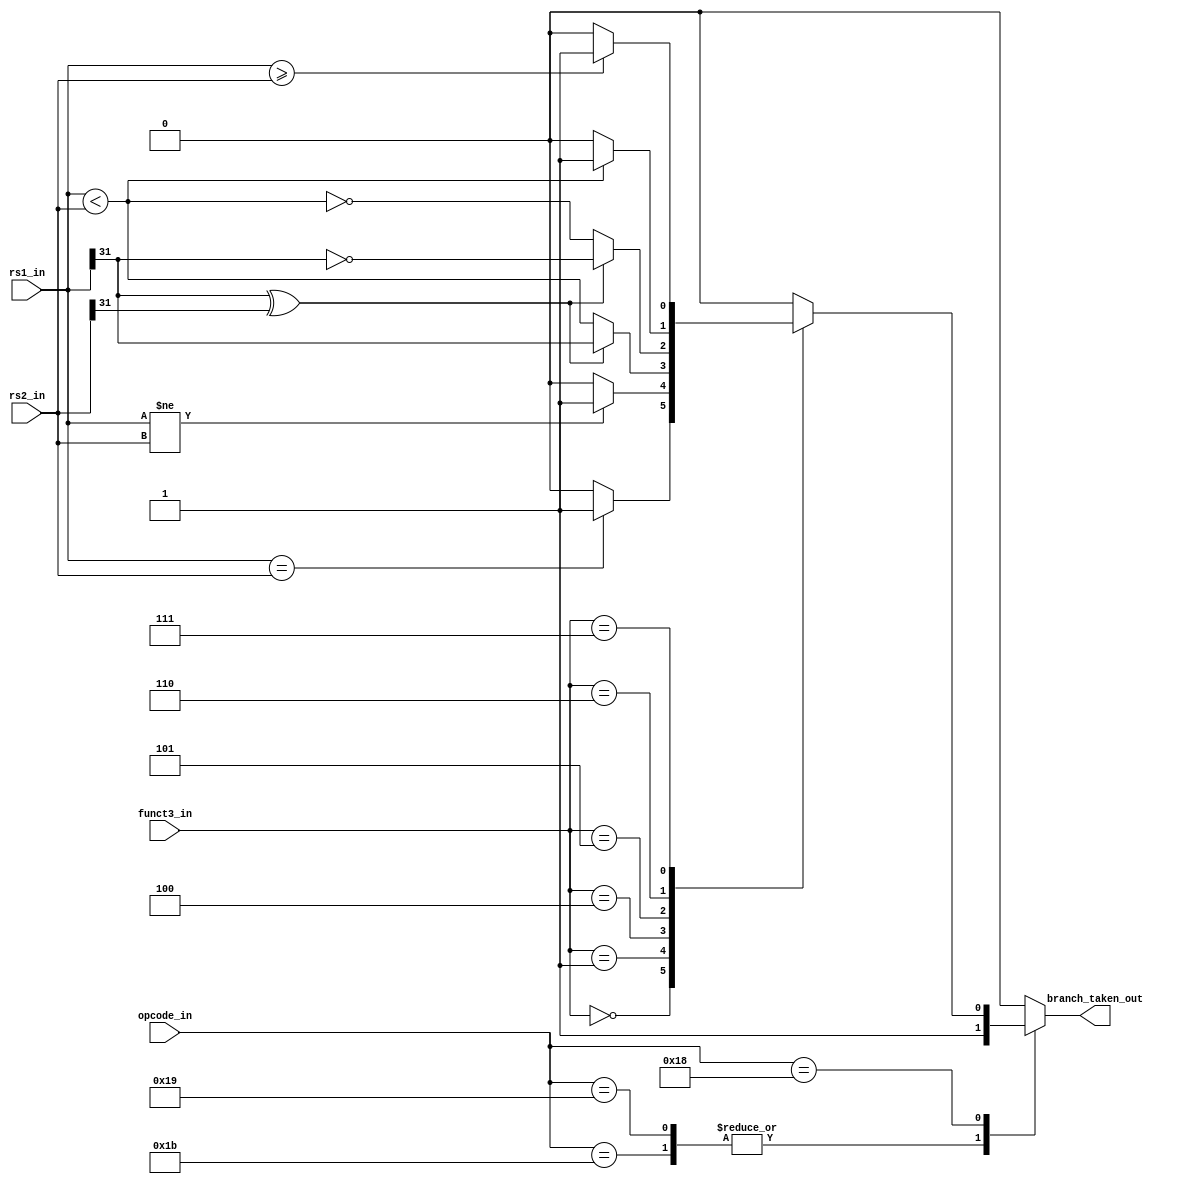
module msrv32_branch_unit(input [31:0]rs1_in,rs2_in,
			input [4:0]opcode_in,
			input [2:0]funct3_in,
			output reg branch_taken_out);
parameter jal    = 5'b110_11;
parameter jalr   = 5'b110_01;
parameter branch = 5'b110_00;
reg t;
always @(*)
begin
case(opcode_in)
jal: branch_taken_out=1'b1;
jalr: branch_taken_out=1'b1;
branch: branch_taken_out = t;
default: branch_taken_out=1'b0;
endcase
end

always @(*)
begin
if (opcode_in==branch)
begin
case(funct3_in)
3'b000: t=(rs1_in==rs2_in)?1'b1:1'b0;
3'b001: t=(rs1_in!=rs2_in)?1'b1:1'b0;
3'b100: t=(rs1_in[31]^rs2_in[31])? rs1_in[31]:rs1_in<rs2_in;
3'b101: t=(rs1_in[31]^rs2_in[31])?!(rs1_in[31]):!(rs1_in<rs2_in);
3'b110: t=(rs1_in<rs2_in)?1'b1:1'b0;
3'b111: t=(rs1_in>=rs2_in)?1'b1:1'b0;
default: t=1'b0;
endcase
end
else
t = 1'b0;
end
endmodule